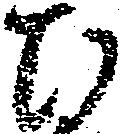
ひ